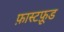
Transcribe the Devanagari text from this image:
फ़ास्टफ़ूड